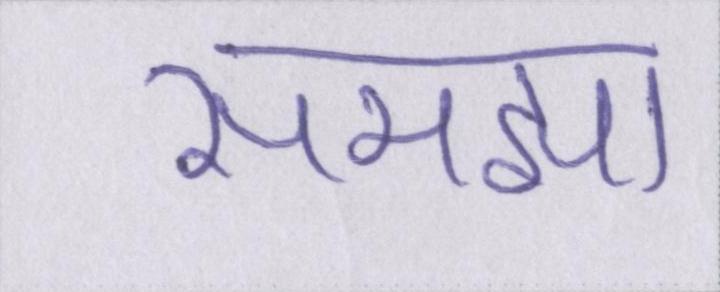
समझा